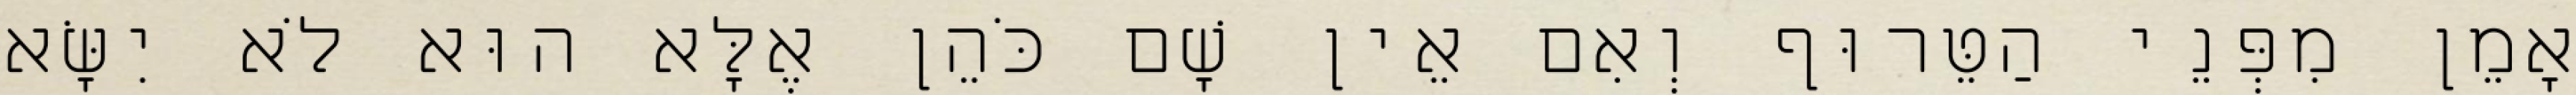
אָמֵן מִפְּנֵי הַטֵּרוּף וְאִם אֵין שָׁם כֹּהֵן אֶלָּא הוּא לֹא יִשָּׂא